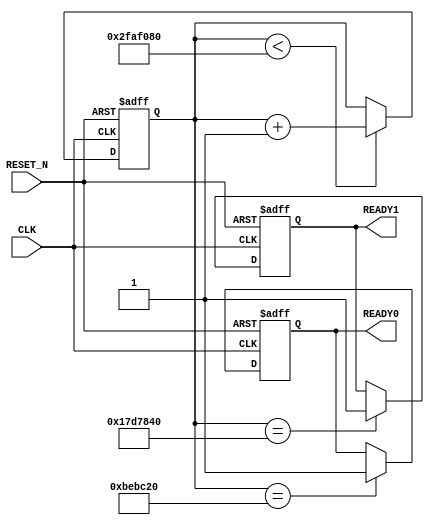
module RESET_DELAY  (
  input       RESET_N,
  input       CLK , 
  output reg  READY0, 
  output reg  READY1
);

reg [31:0] DELAY   ;  

parameter   TIME = 50000000 ; 

always @( negedge RESET_N  or posedge CLK ) 
if ( !RESET_N ) begin 
   DELAY <= 0 ;  
	READY0 <= 0 ;  
	READY1 <= 0 ;  
end 
else  begin 
   if ( DELAY <  TIME )  DELAY <= DELAY+1 ;
	 if  ( DELAY ==  TIME/4 ) READY0 <=1 ; 
	 if  ( DELAY ==  TIME/2 ) READY1 <=1 ; 
end 	 
endmodule